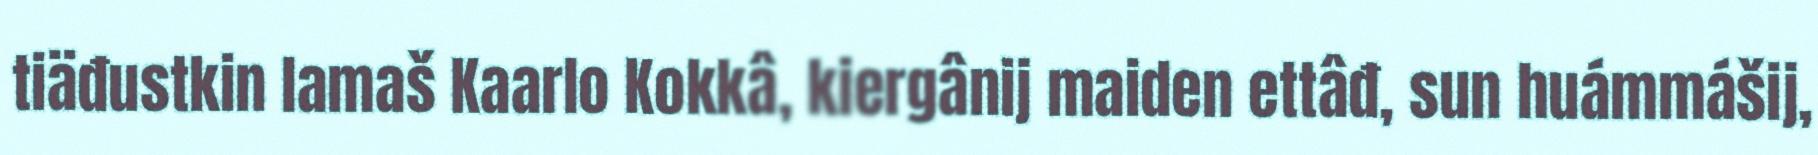
tiäđustkin lamaš Kaarlo Kokkâ, kiergânij maiden ettâđ, sun huámmášij,